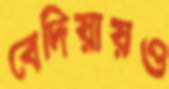
বেদিয়ায়ও